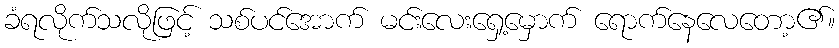
ခံရလိုက်သလိုဖြင့် သစ်ပင်အောက် မင်းလေးရှေ့မှောက် ရောက်နေလေတော့၏။